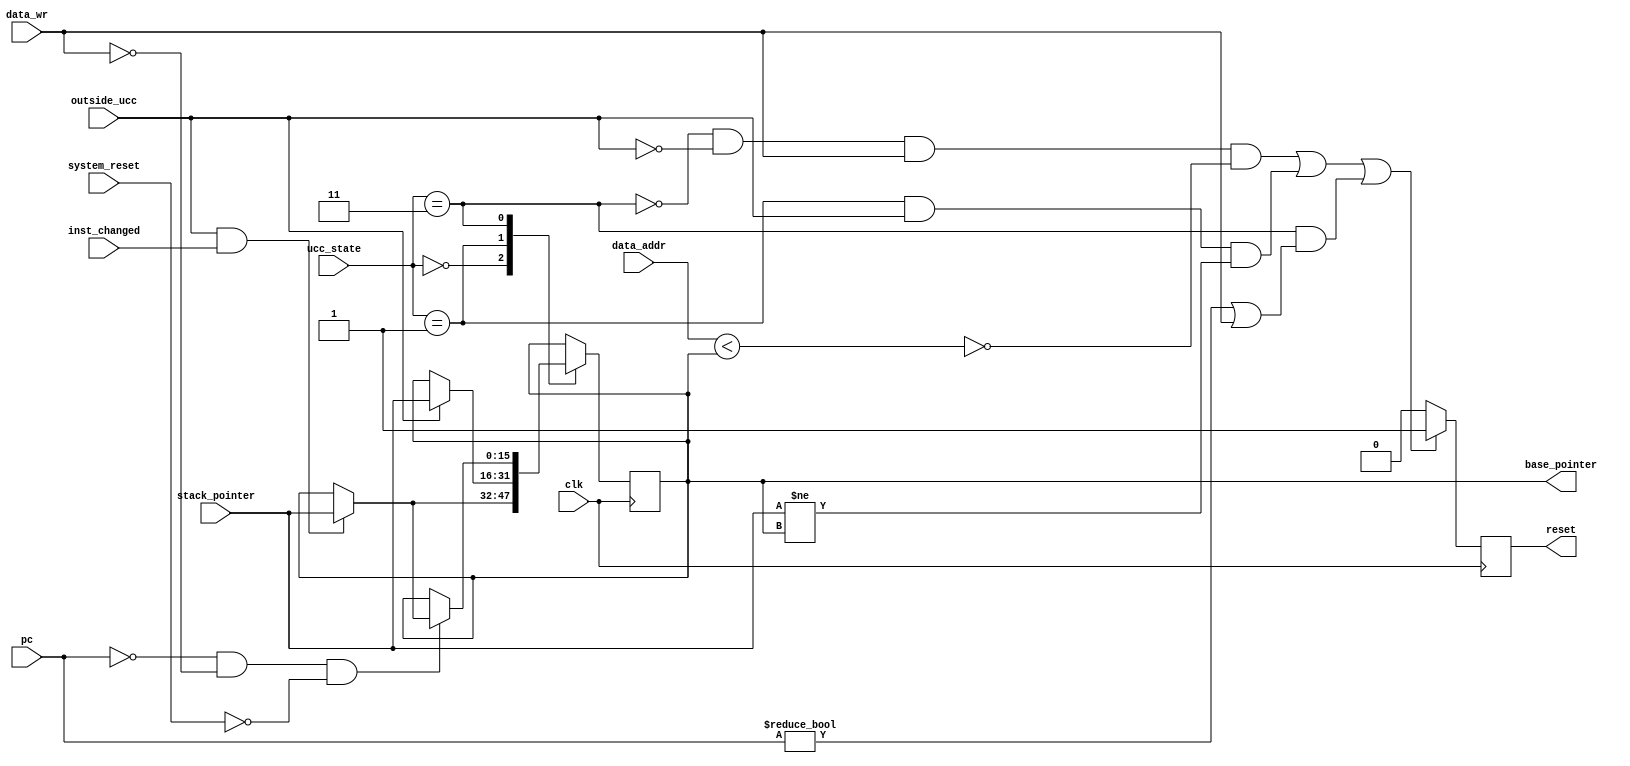
module stack_protection (
// INPUT /////////////////////////////////////////////////////////////////
    clk,
    data_addr,
    data_wr,
    pc,
//    prev_pc,
    inst_changed,
    stack_pointer,
    system_reset,
    outside_ucc,
    ucc_state,

// OUTPUT ////////////////////////////////////////////////////////////////
    // For formal verification
    base_pointer,  
    
    reset
);

input          clk;
input  [15:0]  data_addr;
input          data_wr;
input  [15:0]  pc;
//input  [15:0]  prev_pc;
input          inst_changed;
input  [15:0]  stack_pointer;
input          system_reset;
input          outside_ucc;
input  [1:0]   ucc_state;

output         reset;

// For formal verification
output [15:0]  base_pointer;


// FSM States ////////////////////////////////////////////////////////////
parameter notUCC =  2'b00;
parameter inUCC  =  2'b01;
parameter RST    =  2'b11;
parameter IRQ    = 2'b10;
//////////////////////////////////////////////////////////////////////////
parameter RESET_HANDLER = 16'h0000;

reg [15:0] ebp;
//reg [15:0] prev_pc;
reg        invalid_write;

wire valid_stack_write = (data_addr < ebp); 

initial
begin
    ebp = 16'h0000;
    //prev_pc = 16'h0000;
    invalid_write = 1'b1;
end

always @(posedge clk)
begin

    case (ucc_state)
        notUCC:
        if (outside_ucc && inst_changed)
            ebp <= stack_pointer;
        else
            ebp <= ebp;
        
        inUCC:
            if (outside_ucc)
                ebp <= stack_pointer;
            else
                ebp <= ebp;
        RST:
            if (pc == RESET_HANDLER && !data_wr && !system_reset) 
            begin
                if (outside_ucc && inst_changed) 
                    ebp <= stack_pointer;
                else
                    ebp <= ebp;
            end
            else
                ebp <= ebp;	    
    endcase
    //prev_pc <= pc;
end

// OUTPUT LOGIC //////////////////////////////////////////////////////////
always @(posedge clk)
begin
    if ( (!(ucc_state == RST) && !outside_ucc && data_wr && !valid_stack_write) || 
         (ucc_state == inUCC && outside_ucc && stack_pointer != ebp) ||
         (ucc_state == RST && (pc != RESET_HANDLER | data_wr))
       )
           invalid_write <= 1'b1;
    else
           invalid_write <= 1'b0;
end

assign reset = invalid_write;

// For formal verification 
assign base_pointer = ebp;

endmodule